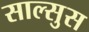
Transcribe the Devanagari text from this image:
साल्सुस